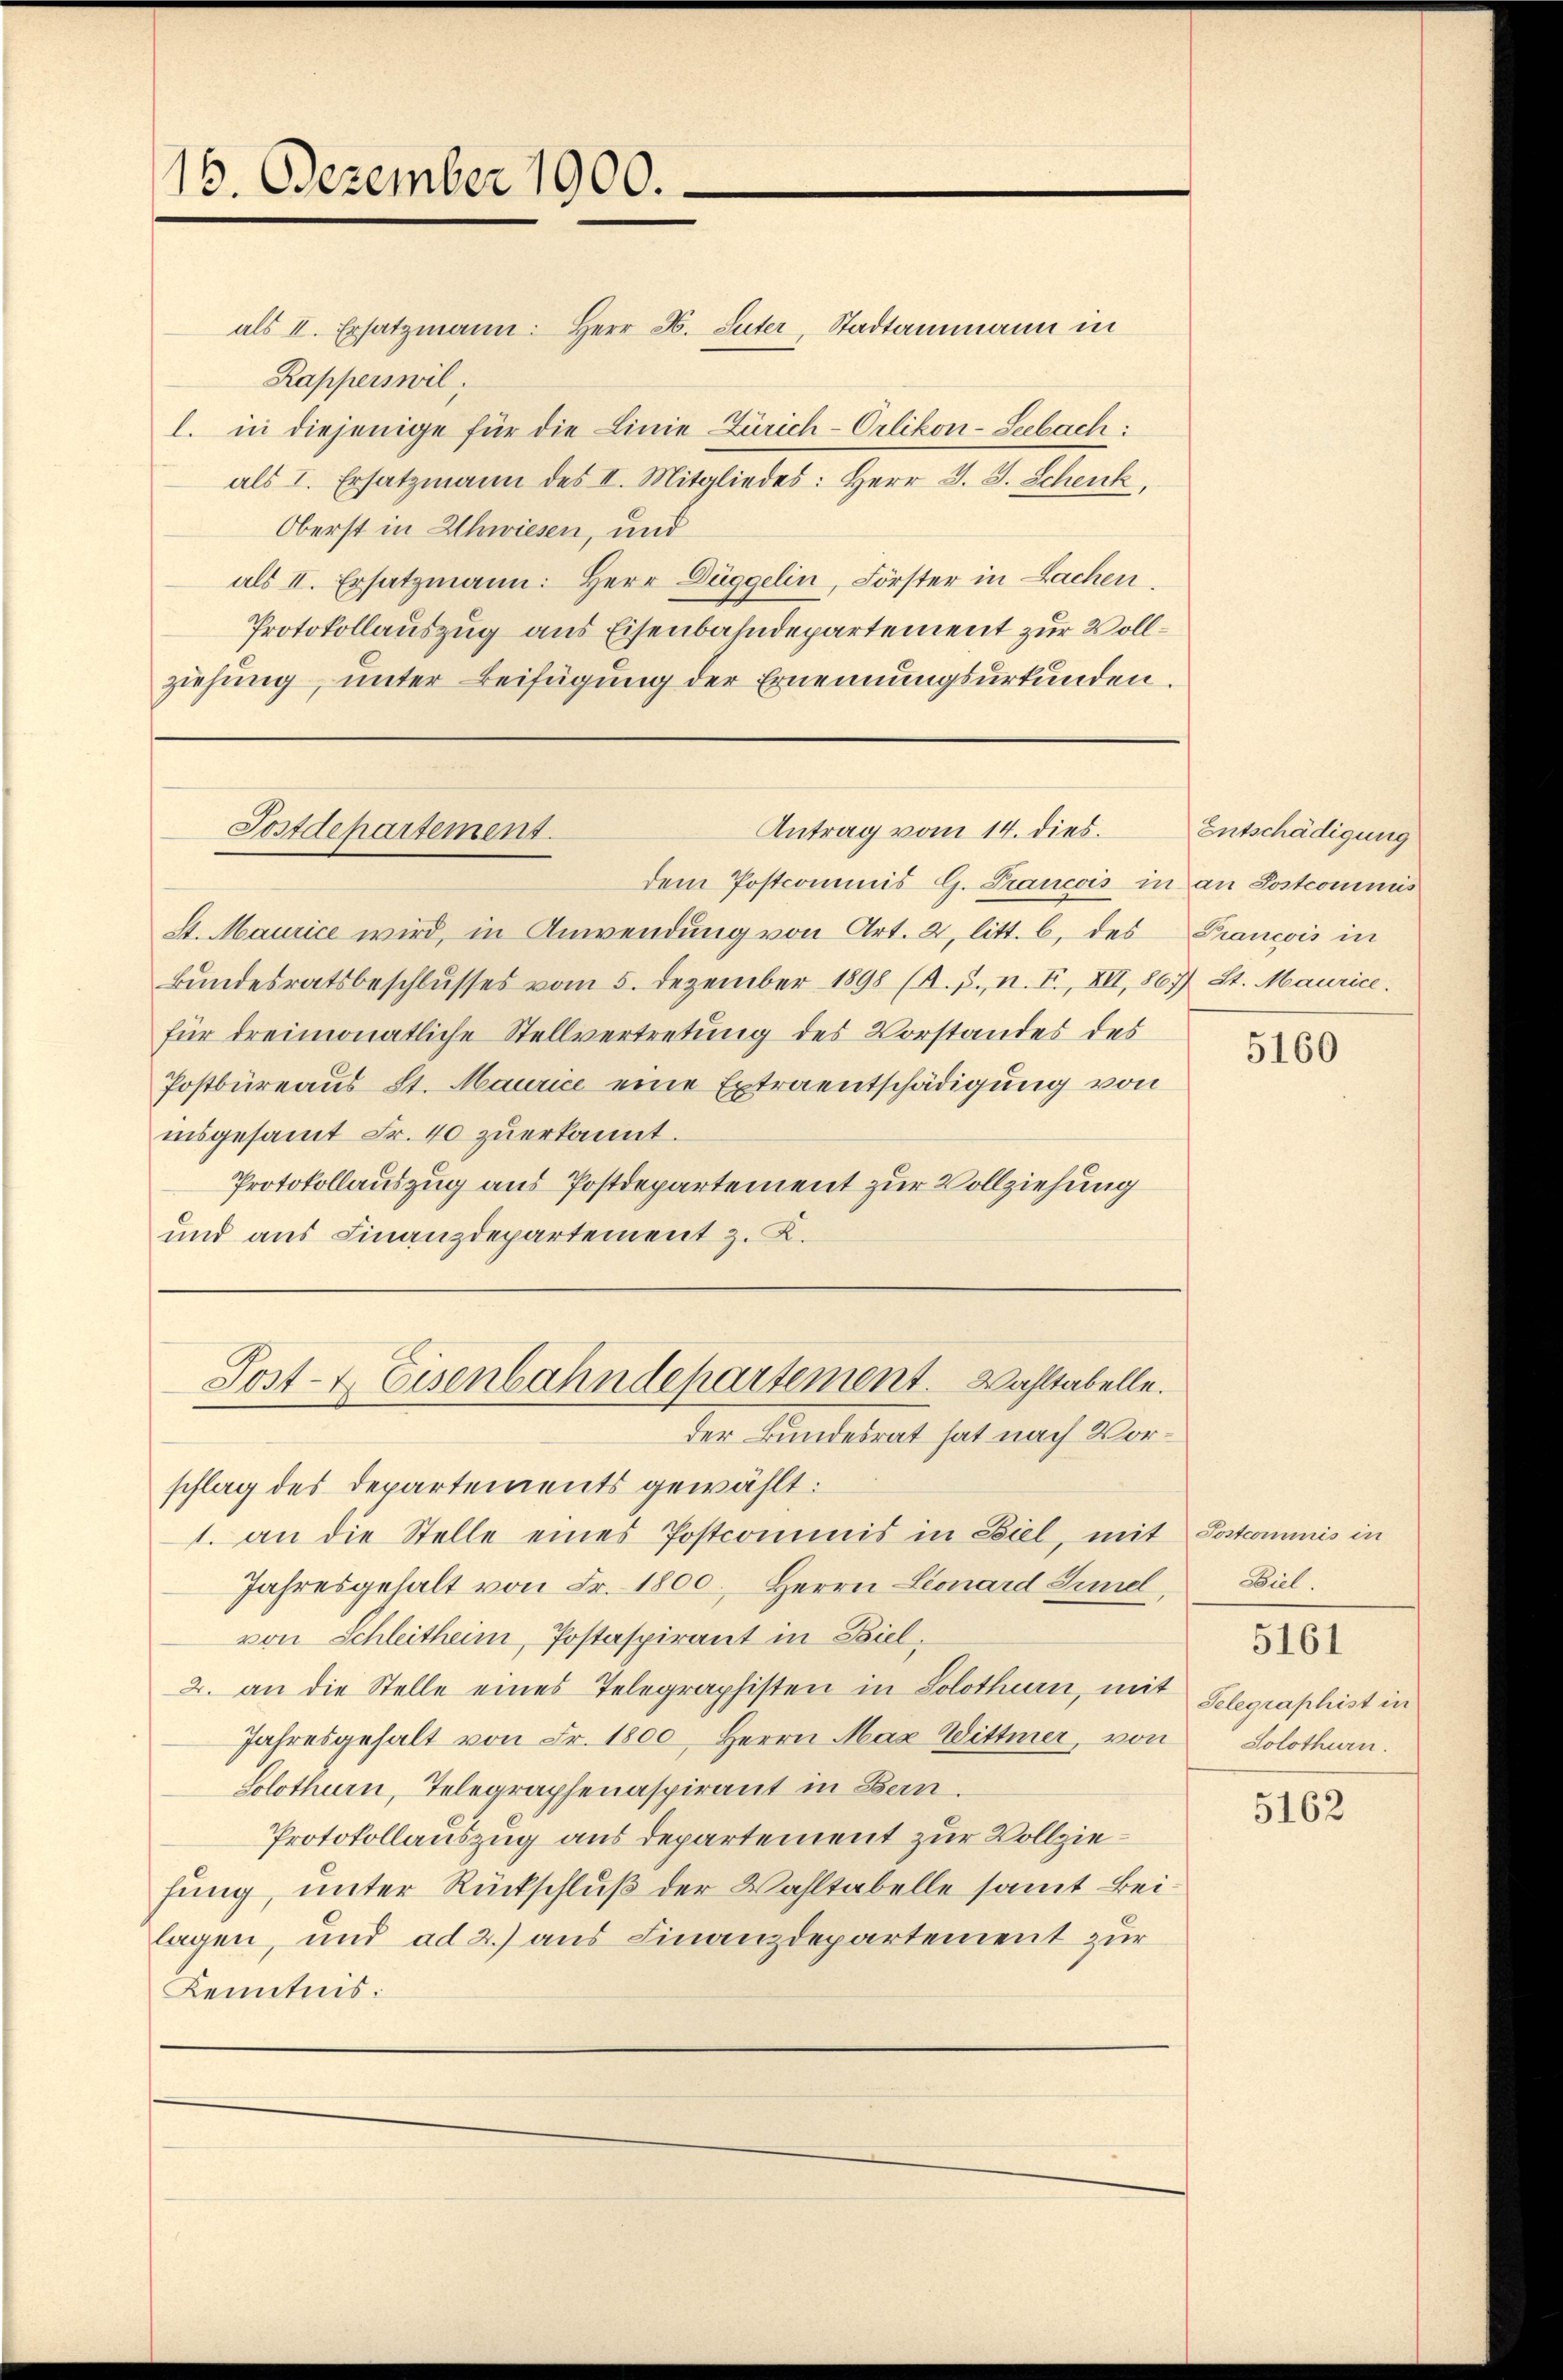
16. Dezember 1900.

Antrag vom 14. dies.
Postdepartement.

Post- & Eisenbahndepartement. Wahltabelle.

dem Postcommis G. Francois in an Postcommis
St. Maurice wird, in Anwendung von Art. 2, litt. b, des
Bundesratsbeschlusses vom 5. Dezember 1898 (A. J., n. F., XII, 867) St. Maurice.
für dreimonatliche Stellvertretung des Vorstandes des
Postbüreaus St. Maurice eine Extraentschädigung von
insgesamt Fr. 40 zŭerkannt.
Protokollauszug aus Postdepartement zur Vollziehung
und aus Finanzdepartement z. K.

als II. Ersatzmann: Herr H. Suter, Stadtammann in
Rapperswil,
l. in diejenige für die Linie Zürich-Orlikon-Seebach:
als I. Ersatzmann des II. Mitgliedes: Herr J. J. Schenk,
Oberst in Uhwiesen, und
als II. Ersatzmann: Herr Düggelin, Förster in Lachen,
Protokollauszug aus Eisenbahndepartement zur Vollziehung, unter Beifügung der Ernennungsurkunden.

Entschädigung
Prancois in

der kundesrat hat nach Vorschlag des Departements gewählt:
1. an die Stelle eines Postcommis in Ziel, mit Postcommis in
Jahresgehalt von Fr. 1800, Herrn Lionard Sumel,
von Schleitheim, Postaspirant in Biel,
2. an die Stelle eines Telegraphisten in Solothurn, mit
Jahresgehalt von Fr. 1800, Herrn Max Wittmer, von
Solothurn, Telegraphenaspirant in Bern.
Protokollauszug aus departement zur Vollziehung, unter Rückschluß der Wahltabelle samt Beilagen, und ad 2.) aus Finanzdepartement zur
Kenntnis:

5160

Beil.

5161

Selegraphist in
Solothurn.

5162